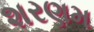
શરણમ